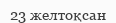
23 желтоқсан